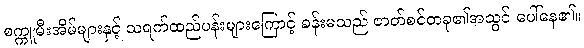
စက္ကူမီးအိမ်များနှင့် သရက်ထည်ပန်းများကြောင့် ခန်းမသည် ဇာတ်စင်တခု၏အသွင် ပေါ်နေ၏။